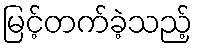
မြင့်တက်ခဲ့သည့်